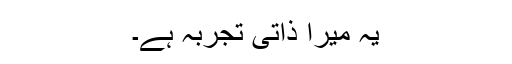
یہ میرا ذاتی تجربہ ہے۔